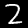
Digit: 2